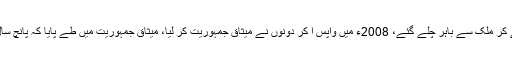
انہوں نے کہا کہ نواز شریف اور زرداری این آر او لے کر ملک سے باہر چلے گئے، 2008ء میں واپس آ کر دونوں نے میثاق جمہوریت کر لیا، میثاق جمہوریت میں طے پایا کہ پانچ سال پیپلزپارٹی اور پانچ سال (ن) لیگ حکومت کرے گی۔